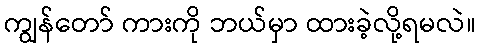
ကျွန်တော် ကားကို ဘယ်မှာ ထားခဲ့လို့ရမလဲ။